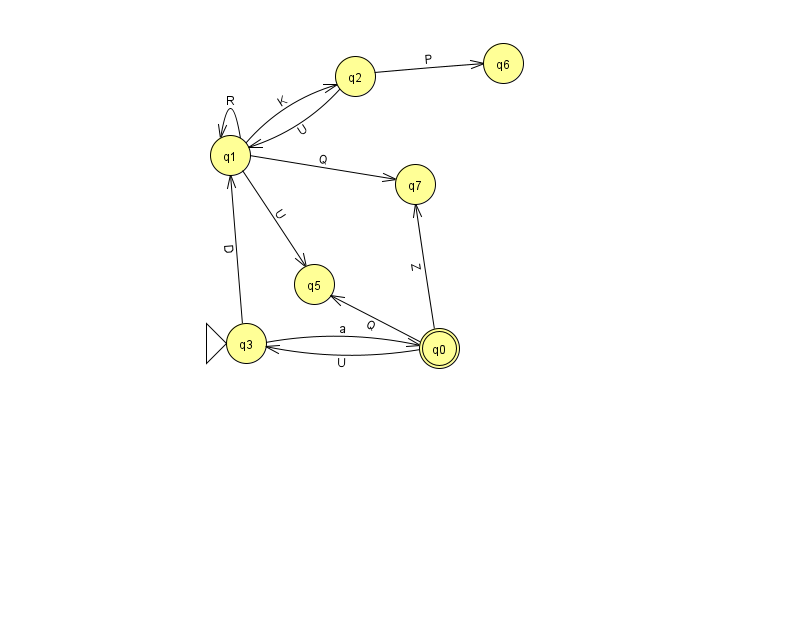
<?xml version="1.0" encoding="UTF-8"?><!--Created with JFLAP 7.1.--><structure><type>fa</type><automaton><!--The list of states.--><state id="0" name="q0"><x>439.0</x><y>335.0</y><final/></state><state id="1" name="q1"><x>230.0</x><y>142.0</y></state><state id="2" name="q2"><x>355.0</x><y>63.0</y></state><state id="3" name="q3"><x>246.0</x><y>330.0</y><initial/></state><state id="5" name="q5"><x>314.0</x><y>271.0</y></state><state id="6" name="q6"><x>503.0</x><y>50.0</y></state><state id="7" name="q7"><x>415.0</x><y>171.0</y></state><!--The list of transitions.--><transition><from>2</from><to>1</to><read>U</read></transition><transition><from>1</from><to>1</to><read>R</read></transition><transition><from>0</from><to>7</to><read>Z</read></transition><transition><from>0</from><to>5</to><read>Q</read></transition><transition><from>2</from><to>6</to><read>P</read></transition><transition><from>3</from><to>0</to><read>a</read></transition><transition><from>1</from><to>5</to><read>U</read></transition><transition><from>1</from><to>2</to><read>K</read></transition><transition><from>1</from><to>7</to><read>Q</read></transition><transition><from>3</from><to>1</to><read>D</read></transition><transition><from>0</from><to>3</to><read>U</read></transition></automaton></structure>